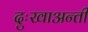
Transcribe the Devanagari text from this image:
दुःखाअन्ती